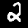
Label: 2